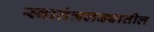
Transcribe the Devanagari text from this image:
स्वातंत्रलढ्यातील